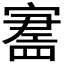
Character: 𪧪